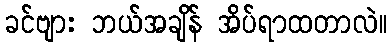
ခင်ဗျား ဘယ်အချိန် အိပ်ရာထတာလဲ။